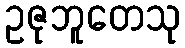
ဥဇုဘူတေသု